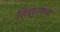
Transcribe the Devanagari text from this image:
शिवपुराणाच्या